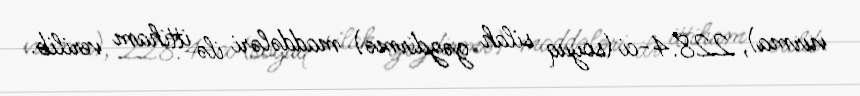
vurma), 228.4-ci (soyuq silah gəzdirmə) maddələri ilə ittiham verilib.